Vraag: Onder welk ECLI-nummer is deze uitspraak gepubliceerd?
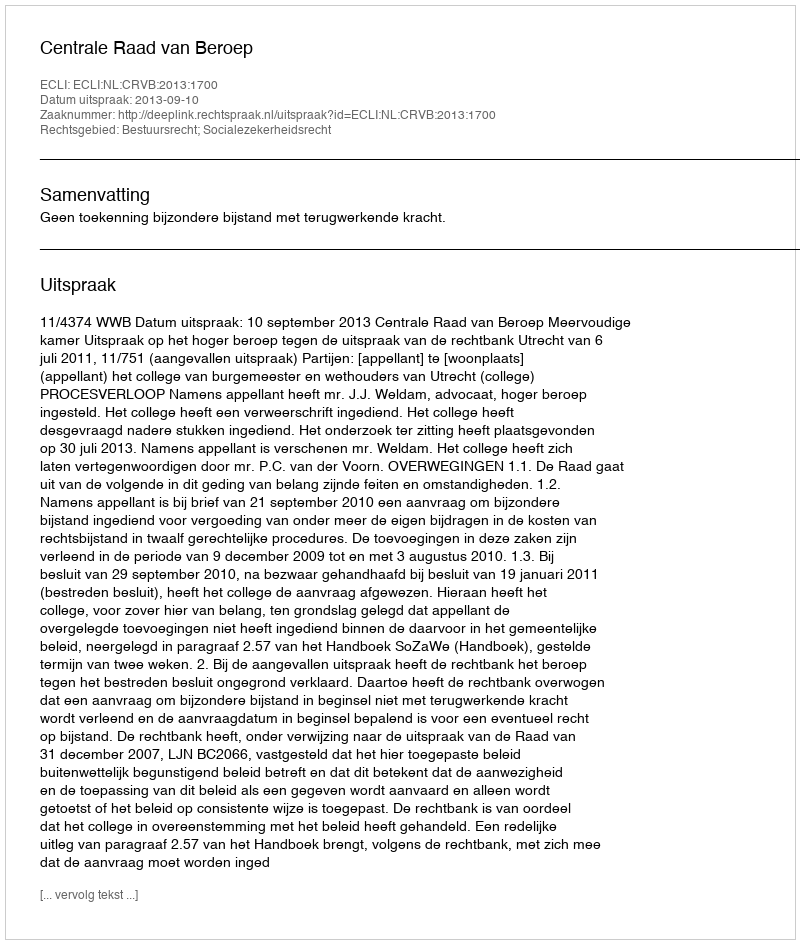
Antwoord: ECLI:NL:CRVB:2013:1700